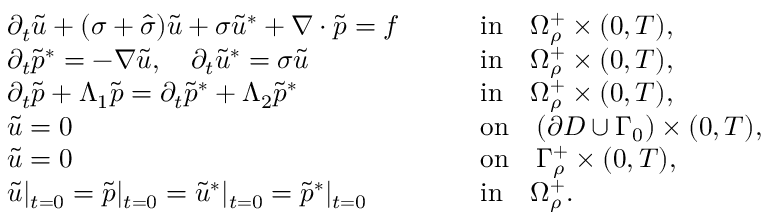
\begin{array} { r l r l } & { \partial _ { t } \tilde { u } + ( \sigma + \hat { \sigma } ) \tilde { u } + \sigma \tilde { u } ^ { * } + \nabla \cdot \tilde { p } = f \quad } & & { \mathrm { i n } \quad \Omega _ { \rho } ^ { + } \times ( 0 , T ) , } \\ & { \partial _ { t } \tilde { p } ^ { * } = - \nabla \tilde { u } , \quad \partial _ { t } \tilde { u } ^ { * } = \sigma \tilde { u } \quad } & & { \mathrm { i n } \quad \Omega _ { \rho } ^ { + } \times ( 0 , T ) , } \\ & { \partial _ { t } \tilde { p } + \Lambda _ { 1 } \tilde { p } = \partial _ { t } \tilde { p } ^ { * } + \Lambda _ { 2 } \tilde { p } ^ { * } \quad } & & { \mathrm { i n } \quad \Omega _ { \rho } ^ { + } \times ( 0 , T ) , } \\ & { \tilde { u } = 0 \quad } & & { \mathrm { o n } \quad ( \partial D \cup \Gamma _ { 0 } ) \times ( 0 , T ) , } \\ & { \tilde { u } = 0 \quad } & & { \mathrm { o n } \quad \Gamma _ { \rho } ^ { + } \times ( 0 , T ) , } \\ & { \tilde { u } | _ { t = 0 } = \tilde { p } | _ { t = 0 } = \tilde { u } ^ { * } | _ { t = 0 } = \tilde { p } ^ { * } | _ { t = 0 } \quad } & & { \mathrm { i n } \quad \Omega _ { \rho } ^ { + } . } \end{array}